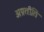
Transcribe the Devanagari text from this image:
अप्रतीति